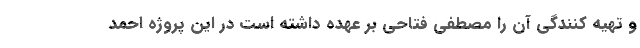
و تهیه کنندگی آن را مصطفی فتاحی بر عهده داشته است در این پروژه احمد